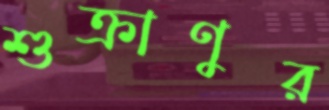
শুক্রাণুর